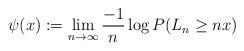
LaTeX: \begin{align*}\psi(x):=\lim_{n \to \infty}\frac{-1}{n}\log P(L_n\ge nx) \end{align*}